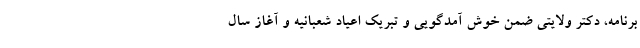
برنامه، دکتر ولایتی ضمن خوش آمدگویی و تبریک اعیاد شعبانیه و آغاز سال